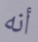
أنه